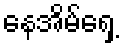
နေအိမ်ရှေ့